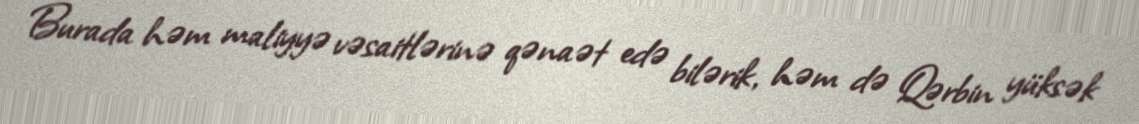
Burada həm maliyyə vəsaitlərinə qənaət edə bilərik, həm də Qərbin yüksək